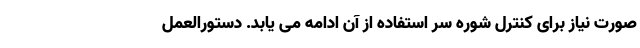
صورت نیاز برای کنترل شوره سر استفاده از آن ادامه می یابد. دستورالعمل